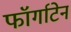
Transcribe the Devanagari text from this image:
फॉर्गाटेन